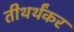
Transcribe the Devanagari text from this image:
तीथर्थंकर